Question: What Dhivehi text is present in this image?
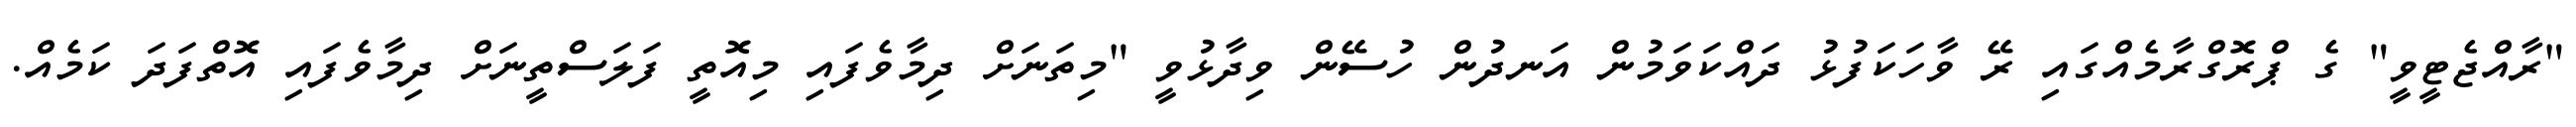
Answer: "ރާއްޖެޓީވީ" ގެ ޕްރޮގްރާމެއްގައި ރޭ ވާހަކަފުޅު ދައްކަވަމުން އަނދުން ހުސޭން ވިދާޅުވީ "މިތަނަށް ދިމާވެފައި މިއޮތީ ފަލަސްތީނަށް ދިމާވެފައި އޮތްފަދަ ކަމެއް.